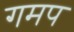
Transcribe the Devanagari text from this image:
गमप